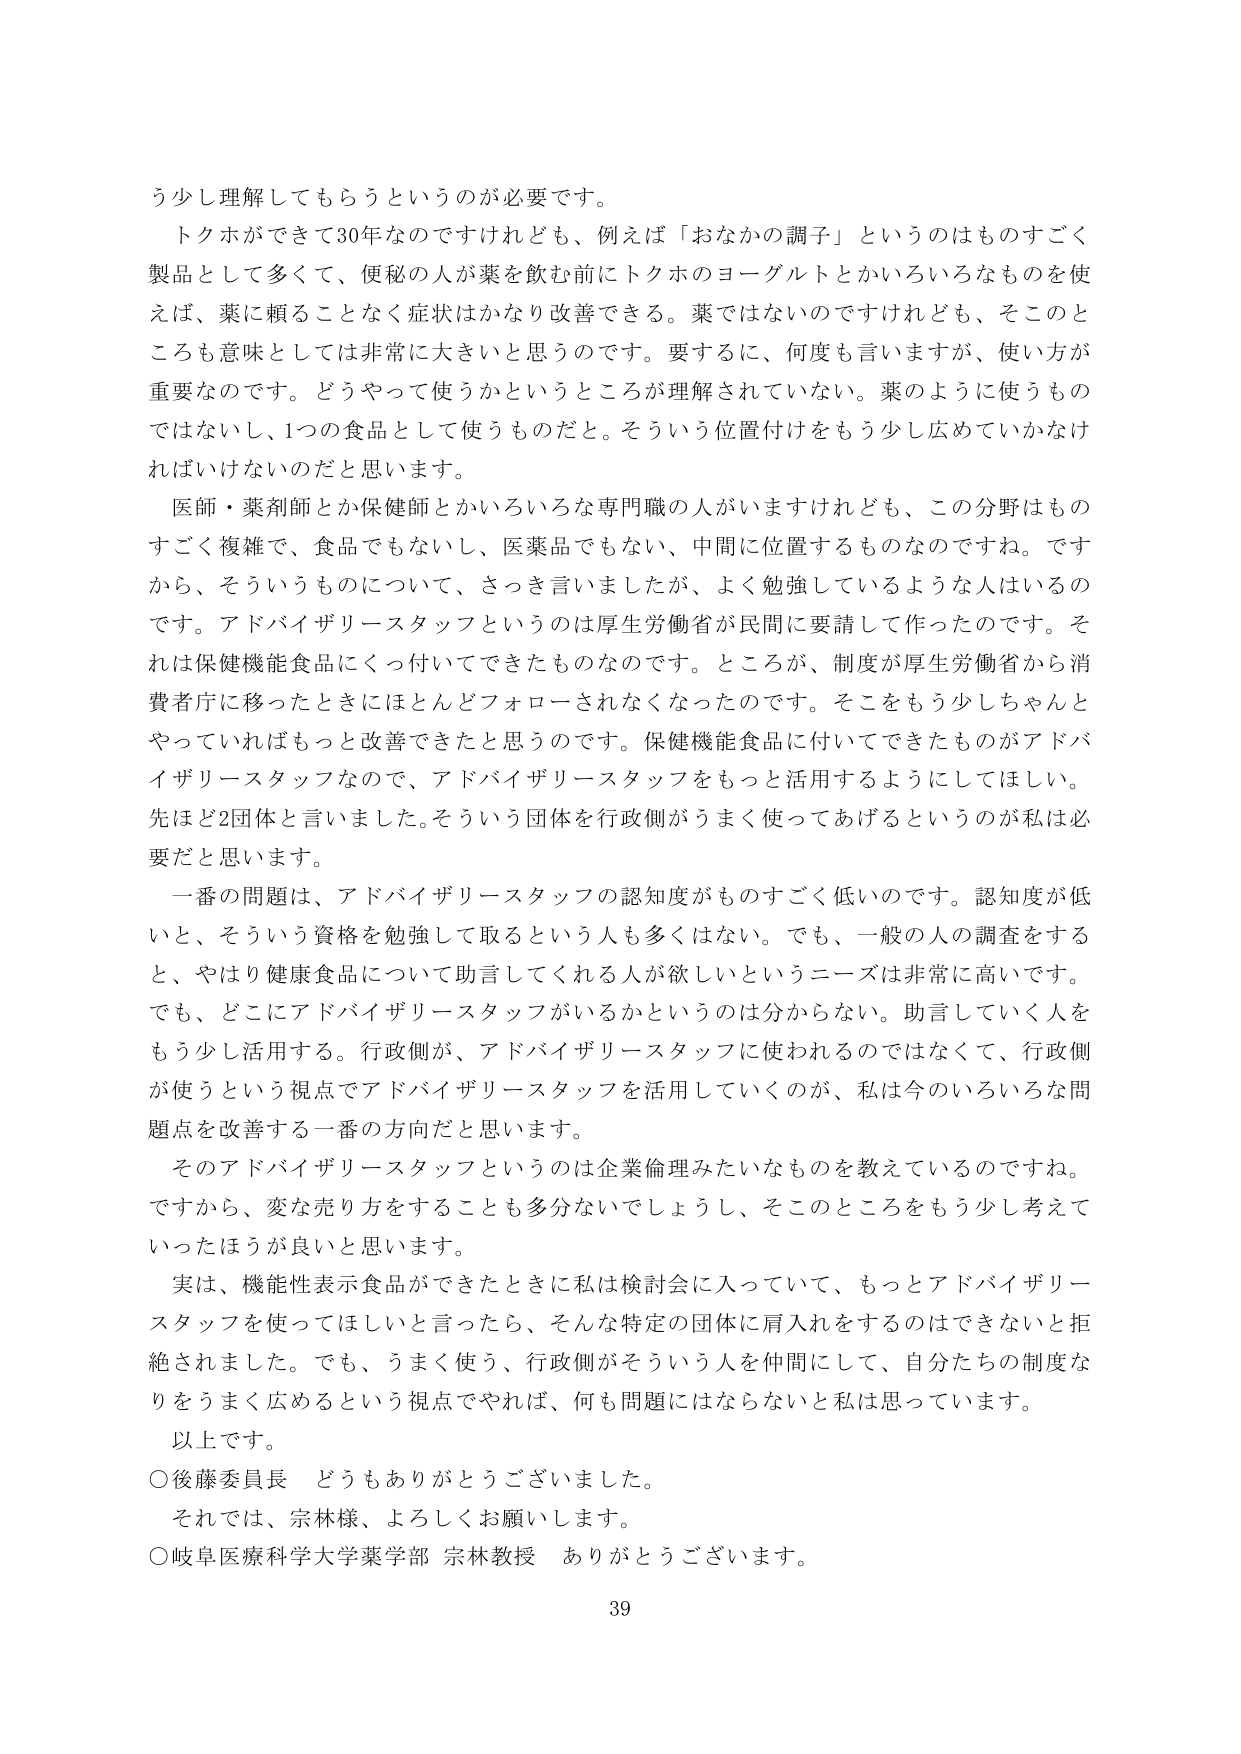
う少し理解してもらうというのが必要です。

トクホができて30年なのですがけれども、例えば「おなかの調子」というのはものすごく製品として多くて、便秘の人が薬を飲む前にトクホのヨーグルトとかいろいろなものを使えば、薬に頼ることなく症状はかなり改善できる。薬ではないのですけれども、そこのもっとも意味としては非常に大きいと思うのです。要するに、何度も言いますが、使い方が重要なのです。どうやって使うかというところが理解されていない。薬のように使うものではないし、1つの食品として使うものだと。そういう位置付けをもう少し広めていかなければならないのだと思います。

医師・薬剤師とか保健師とかいろいろな専門職の人がいますけれども、この分野はものすごく複雑で、食品でもないし、医薬品でもない、中間に位置するものなのですね。ですから、そういうものについて、さっき言いましたが、よく勉強しているような人はいるのです。アドバイザリースタッフというのは厚生労働省が民間に要請して作ったのです。それは保健機能食品にくっ付いてできたものなのです。ところが、制度が厚生労働省から消費者庁に移ったときにほとんどフォローされなくなったのです。そこをもう少しちゃんとやっていればもっと改善できたと思うのです。保健機能食品に付いてできたものがアドバイザリースタッフなので、アドバイザリースタッフをもっと活用するようにしてほしい。先ほど2団体と言いました。そういう団体を行政側がうまく使ってあげるというのが私は必要だと思います。

一番の問題は、アドバイザリースタッフの認知度がものすごく低いのです。認知度が低いと、そういう資格を勉強して取るという人も多くはない。でも、一般の人の調査をすると、やはり健康食品について助言してくれる人が欲しいというニーズは非常に高いです。でも、どこにアドバイザリースタッフがいるかというのは分からない。助言していく人をもう少し活用する。行政側が、アドバイザリースタッフに使われるのではなくて、行政側が使うという視点でアドバイザリースタッフを活用していくのが、私は今のいろいろな問題点を改善する一番の方向だと思います。

そのアドバイザリースタッフというのは企業倫理みたいなものを教えているのですね。ですから、変な売り方をすることも多分ないでしょうし、そこのところをもう少し考えていったほうが良いと思います。

実は、機能性表示食品ができたときに私は検討会に入っていて、もっとアドバイザリースタッフを使ってほしいと言ったら、そんな特定の団体に肩入れをするのはできないと拒絶されました。でも、うまく使う、行政側がそういう人を仲間にして、自分たちの制度なりをうまく広めるという視点でやれば、何も問題にはならないと私は思っています。

以上です。

○後藤委員長 どうもありがとうございました。

それでは、宗林様、よろしくお願いします。

○岐阜医療科学大学薬学部 宗林教授 ありがとうございます。

39